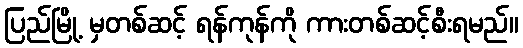
ပြည်မြို့ မှတစ်ဆင့် ရန်ကုန်ကို ကားတစ်ဆင့်စီးရမည်။